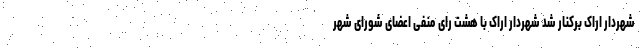
شهردار اراک برکنار شد شهردار اراک با هشت رای منفی اعضای شورای شهر